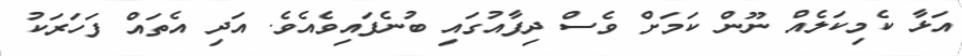
އަޅާ ކެމިކަލެއް ނޫން ކަމަށް ވެސް ދިފާއުގައި ބުނެފައިވެއެވެ. އަދި އެތައް ފަހަރަކު